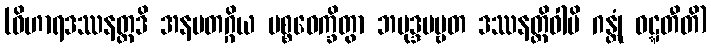
(ဝိဟာရဒဿနတ္ထဒိ အနမတဂ္ဂိယ ပစ္စဝေက္ခိတွာ ဘမုဒ္ဒပဗ္ဗတ ဒဿနတ္ထိဝါပိ ဂန္တုံ ဝဋ္ဋတီတိ)